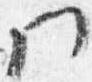
門